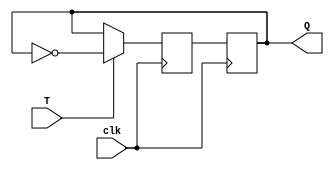
module T_ff (
    input wire T,
    input wire clk,
    output reg Q
);

    reg D;

    always @(posedge clk) begin
        if (T)
            D <= ~Q;
        else
            D <= Q;
    end

    always @(posedge clk) begin
        Q <= D;
    end

endmodule